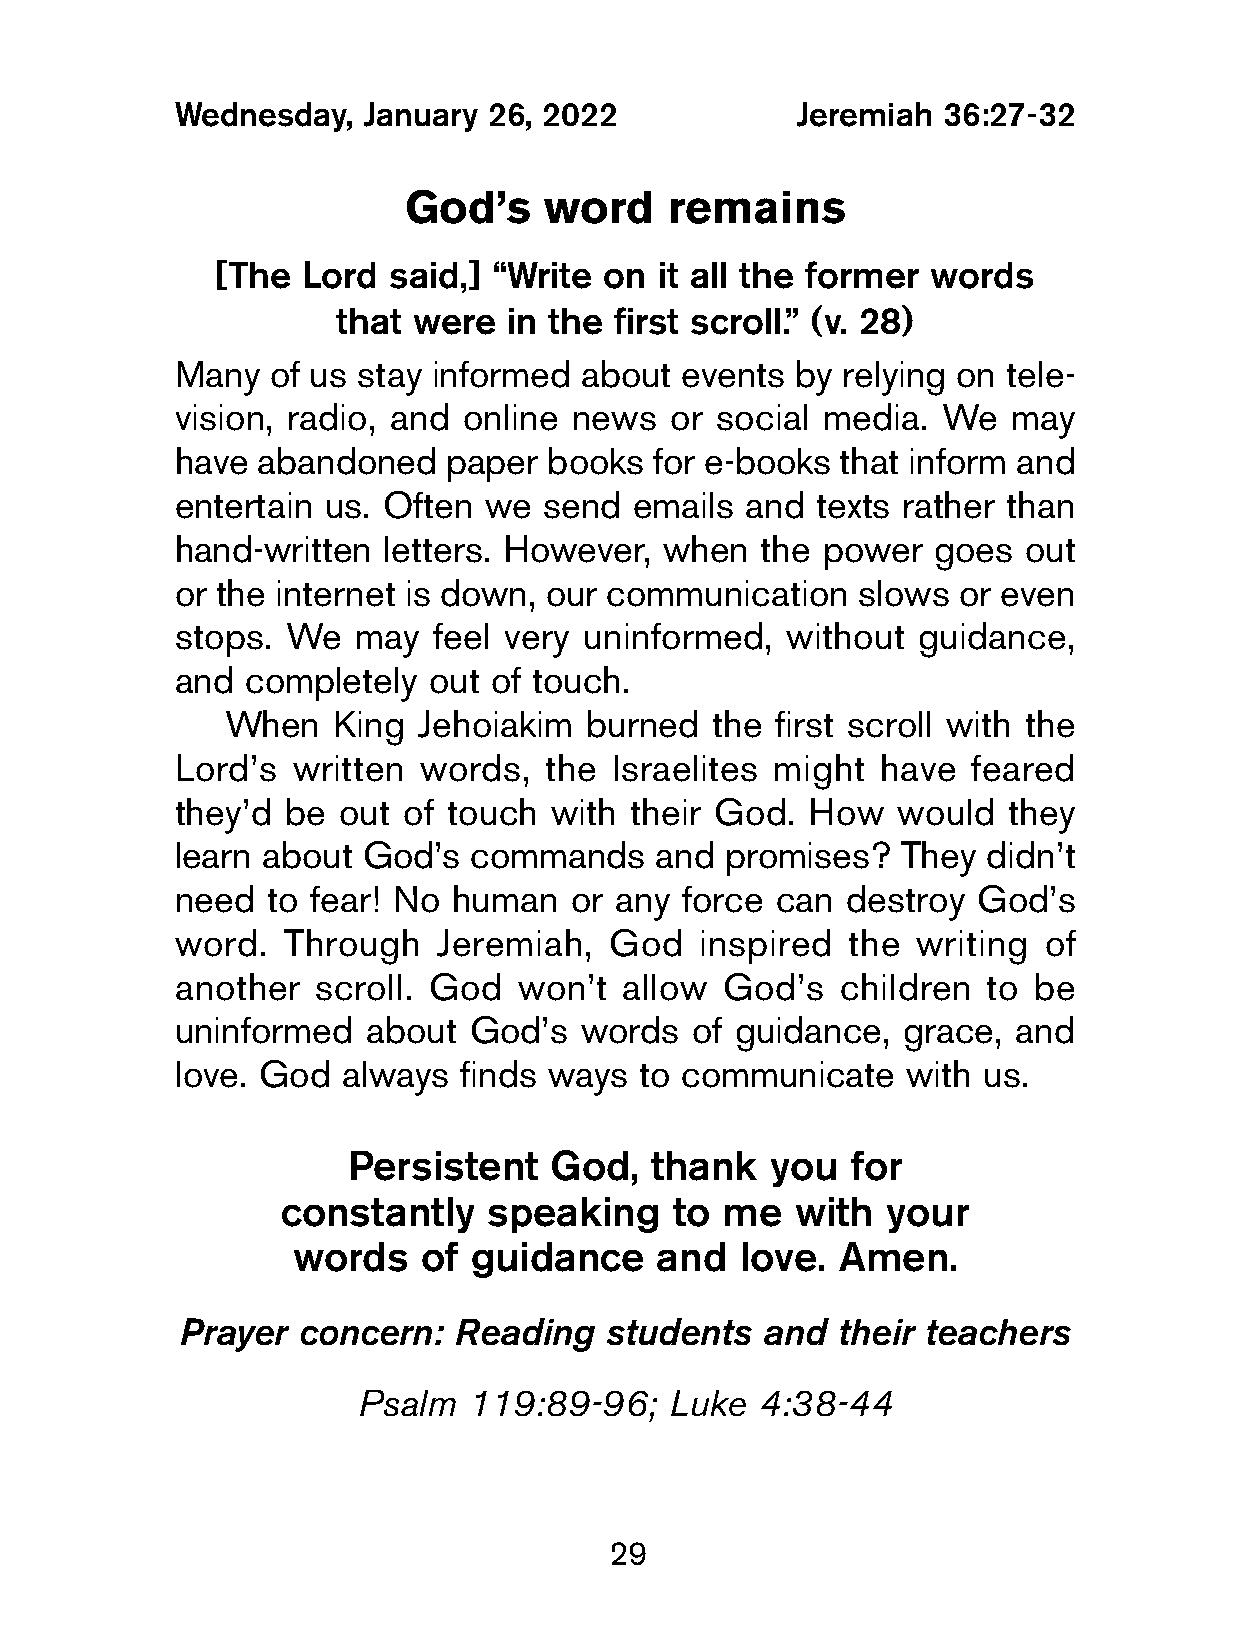
Wednesday,   January 26, 2022             Jeremiah 36:27-32
 God’s    word    remains
 [The  Lord  said,] “Write on it all the former  words
 that were  in the  first scroll.” (v. 28)
 Many   of us stay informed about  events  by relying on tele-
 vision, radio, and  online news  or social media.  We   may
 have  abandoned   paper  books  for e-books that inform and
 entertain us. Often  we  send  emails and  texts rather than
 hand-written  letters. However,  when  the power   goes  out
 or the internet is down, our communication    slows or even
 stops.  We  may   feel very uninformed,  without  guidance,
 and  completely  out of touch.
 When   King  Jehoiakim  burned  the first scroll with the
 Lord’s  written  words,  the Israelites might  have  feared
 they’d  be out  of touch with  their God. How   would   they
 learn about  God’s  commands    and  promises?   They didn’t
 need   to fear! No human   or any force can  destroy  God’s
 word.   Through   Jeremiah,  God   inspired  the  writing of
 another   scroll. God  won’t  allow  God’s   children to be
 uninformed   about  God’s  words   of guidance,  grace, and
 love. God   always finds ways  to communicate    with us.
 Persistent   God,   thank   you  for
 constantly   speaking    to  me  with   your
 words    of guidance    and   love. Amen.
 Prayer  concern:  Reading   students  and  their teachers
 Psalm  119:89-96;   Luke  4:38-44
 29